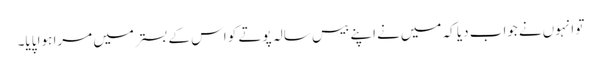
تو انہوں‌نے جواب دیا کہ میں‌نے اپنے بیس سالہ پوتے کو اس کے بستر میں‌ مرا ہوا پایا۔